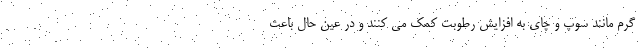
گرم مانند سوپ و چای به افزایش رطوبت کمک می کنند و در عین حال باعث